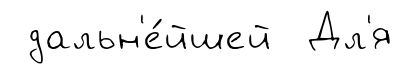
дальн'е́йшей Дл'я